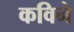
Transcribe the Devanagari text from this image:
कविने